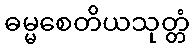
ဓမ္မစေတိယသုတ္တံ